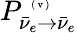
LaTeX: P_{\bar{\nu}_{e}\to\bar{\nu}_{e}}^{\mathrm{~\tiny~(~v~)~}}